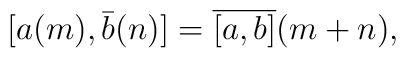
[a(m), \bar{b}(n)] = \overline{[a,b]}(m+n),